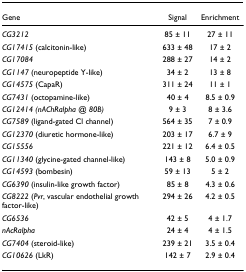
| Gene | Signal | Enrichment |
 | --- | --- | --- |
 | CG3212 | 85 ± 11 | 27 ± 11 |
 | CG17415 (calcitonin-like) | 633 ± 48 | 17 ± 2 |
 | CG17084 | 288 ± 27 | 14 ± 2 |
 | CG1147 (neuropeptide Y-like) | 34 ± 2 | 13 ± 8 |
 | CG14575 (CapaR) | 311 ± 24 | 11 ± 1 |
 | CG7431 (octopamine-like) | 40 ± 4 | 8.5 ± 0.9 |
 | CG12414 (nAChRalpha @ 80B) | 9 ± 3 | 8 ± 3.6 |
 | CG7589 (ligand-gated Cl channel) | 564 ± 35 | 7 ± 0.9 |
 | CG12370 (diuretic hormone-like) | 203 ± 17 | 6.7 ± 9 |
 | CG15556 | 221 ± 12 | 6.4 ± 0.5 |
 | CG11340 (glycine-gated channel-like) | 143 ± 8 | 5.0 ± 0.9 |
 | CG14593 (bombesin) | 59 ± 13 | 5 ± 2 |
 | CG6390 (insulin-like growth factor) | 85 ± 8 | 4.3 ± 0.6 |
 | CG8222 (Pvr, vascular endothelial growth factor-like) | 294 ± 26 | 4.2 ± 0.5 |
 | CG6536 | 42 ± 5 | 4 ± 1.7 |
 | nAcRalpha | 24 ± 4 | 4 ± 1.5 |
 | CG7404 (steroid-like) | 239 ± 21 | 3.5 ± 0.4 |
 | CG10626 (LkR) | 142 ± 7 | 2.9 ± 0.4 |